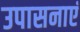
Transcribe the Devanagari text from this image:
उपासनाएं